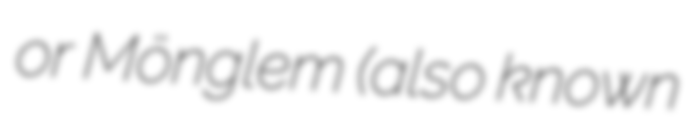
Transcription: or Mönglem (also known